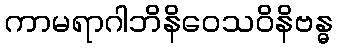
ကာမရာဂါဘိနိဝေသဝိနိဗန္ဓ